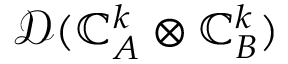
\mathcal { D } ( \mathbb { C } _ { A } ^ { k } \otimes \mathbb { C } _ { B } ^ { k } )